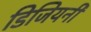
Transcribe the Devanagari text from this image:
डिजियनी